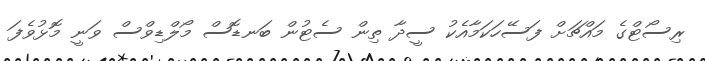
ރިސޯޓްގެ މައްޗަށް ފަސޭހަކަމާއެކު ސީދާ ތިން ސެޓުން ބަނޑޮސް މޯލްޑިވްސް ވަނީ މޮޅުވެފަ